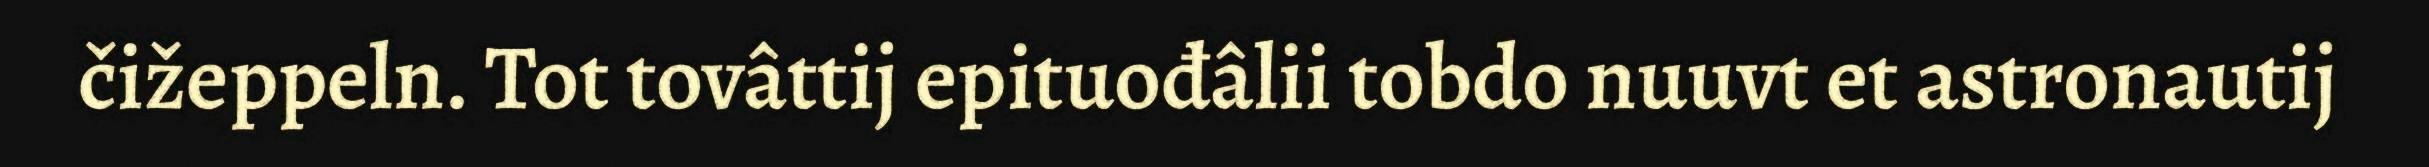
čižeppeln. Tot tovâttij epituođâlii tobdo nuuvt et astronautij